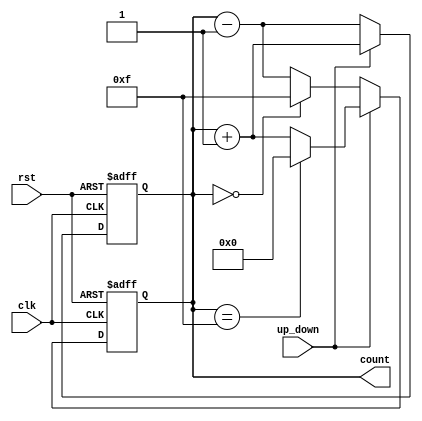
module UpDownCounter (
    input wire clk,           // Clock input
    input wire rst,           // Asynchronous reset
    input wire up_down,       // Up/Down control
    output reg [3:0] count    // 4-bit current count value
);

// Asynchronous reset and count update logic
always @(posedge clk or posedge rst) begin
    if (rst) begin
        count <= 4'b0000;     // Reset count to 0
    end else begin
        if (up_down) begin
            count <= count + 1; // Count up
        end else begin
            count <= count - 1; // Count down
        end
    end
end

// Handle overflow and underflow
always @(posedge clk or posedge rst) begin
    if (rst) begin
        count <= 4'b0000; // Reset count to 0
    end else begin
        if (up_down) begin
            if (count == 4'b1111) begin
                count <= 4'b0000; // Wrap around to 0
            end else begin
                count <= count + 1; // Count up
            end
        end else begin
            if (count == 4'b0000) begin
                count <= 4'b1111; // Wrap around to max value
            end else begin
                count <= count - 1; // Count down
            end
        end
    end
end

endmodule